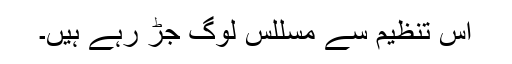
اس تنظیم سے مسللس لوگ جڑ رہے ہیں۔